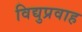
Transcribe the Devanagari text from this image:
विद्युप्रवाह